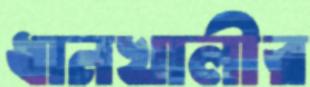
ধানখালীর